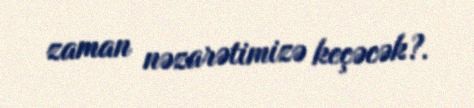
zaman nəzarətimizə keçəcək?.